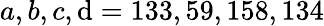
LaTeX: a,b,c,\mathrm{d}=133,59,158,134